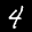
Label: 4